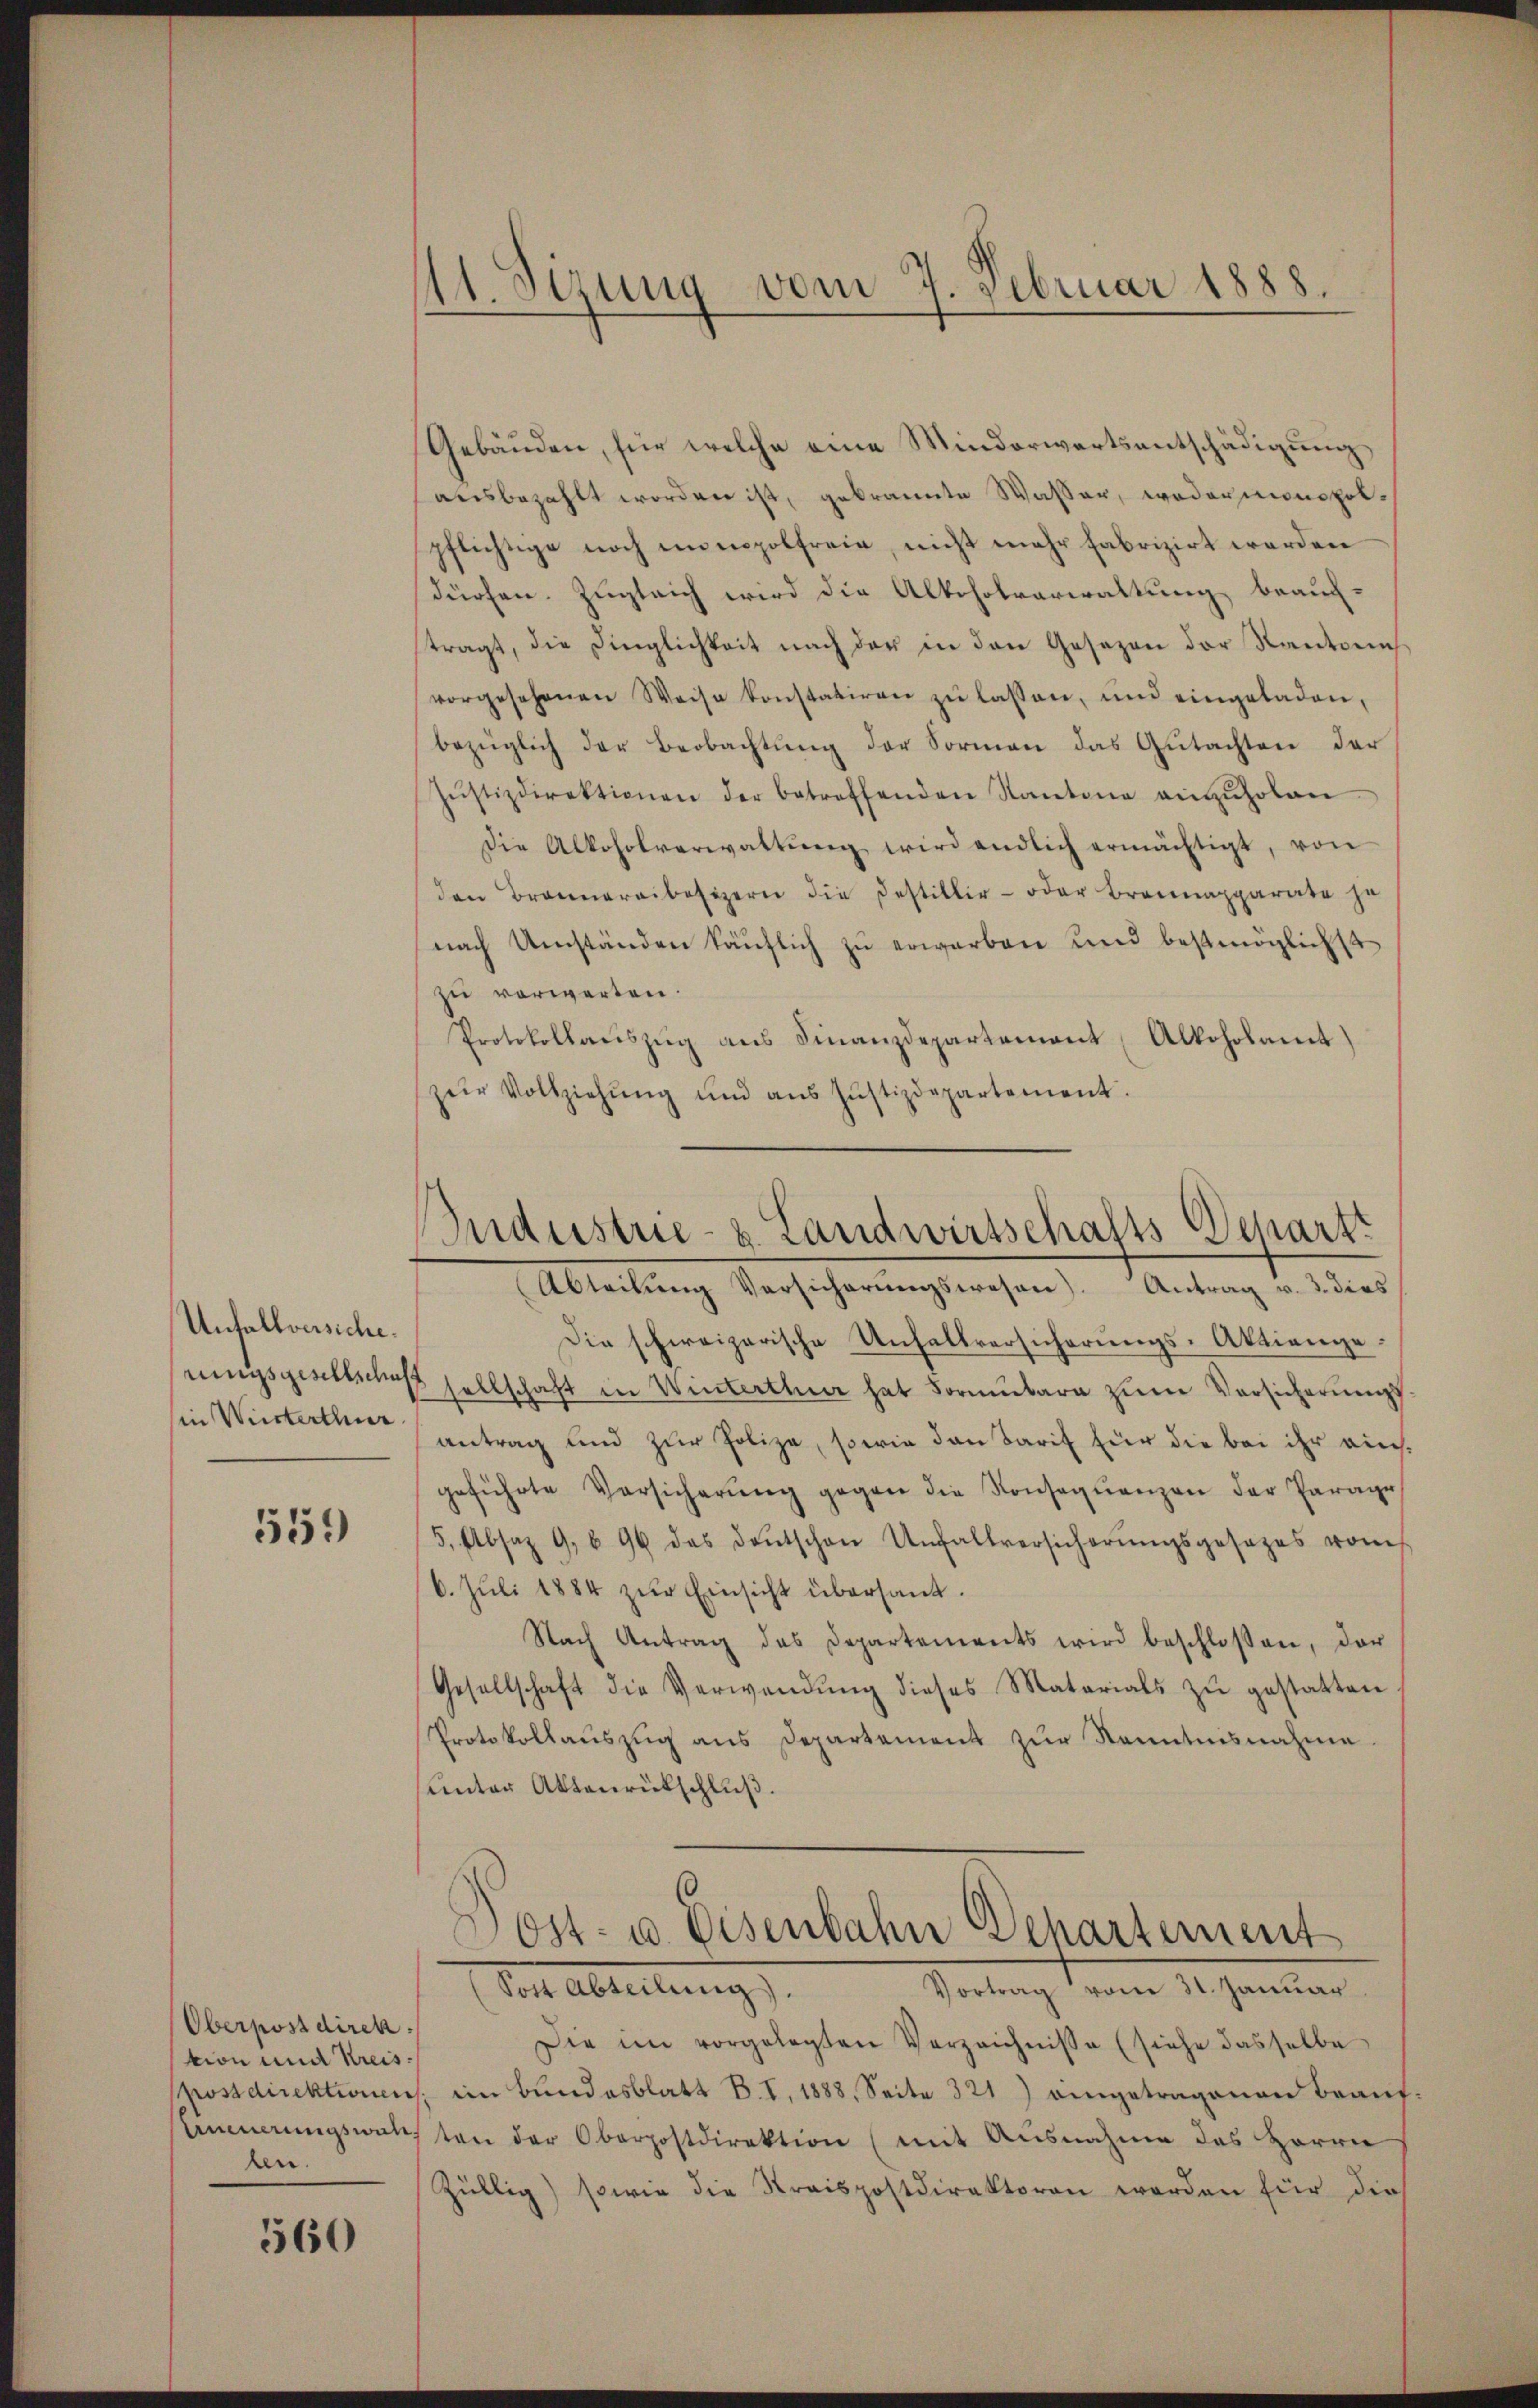
Unfallversiche.
sin Winterthur

559

Oberpostdirek
tion und Kreis:
len.

560

11. Sezung vom 7. Februar 1888

Gebäuden, für welche eine Minderwärtsentschädigung
ausbezahlt worden ist, gebrannte Wasser, wodarmonopolpflichtige noch monopolfreie, nicht mehr fabrizirt werden
dürfen. Zugleich wird die Alkoholverwaltung beauf-
tragt, die Dinglichkeit nach der in den Gesezen der Kantons
vorgesehenen Weise konstatiren zu lassen, und eingeladen,
bezüglich der Beobachtung der Formen das Gutachten der
Jŭstizdirektionen der betreffenden Kantone einzŭholen
Die Alkoholverwaltŭng wird endlich ermächtigt, von
den Brannereibesizern die Destiller- oder Braunapparate ja
nach Umständen käŭflich zu erwarben und bestmöglichst
zu vorwerten.
Protokollaŭszŭg aŭs Finanzdepartement Alkoholamt)
zŭr Vollziehŭng und aŭs Jŭstizdepartement.
Die schweizerische Unfallversicherungs-Aktienge
uungsgeschliches sellschaft in Winterthur hat Formŭbara zum Vorsicherungs
antrag und zur Polize, sowie den Tarif für die bei ihr auchgeführte Versicherŭng gegen die Konseqŭenzen der Parage
5, Absaz 9. 696 das Deutschen Unfallversicherŭngsgesetzes vom
6. Juli 1884 zŭr Einsicht übersant.
Nach Antrag das Departements wird beschlossen, der
Gesellschaft die Verwendŭng dieses Materials zŭ gestatten
Protokollauszug aus Departement zur Kenntnisnahme
unter Aktenrückschluß.
Dost- u. Eisenbahn Departement
(Sost Abteilung).
Vortrag vom 31. Januar
Die im vorgelegten Verzeichnisse (siehe dasselbe
postdirektionen, im Bundesblatt B. I. 1888. Seite 321) eingetragenen Beaŭf-
Aneerungswahl von der Oberpostdirektion (mit Ausnahme des Herrn
Züllig) sowie die Kraispostdirektoren worden für die

Industrie- u. Landwirtschafts-Schartt
Abteilŭng Versicherŭngswesen). Antrag v. 3. dies